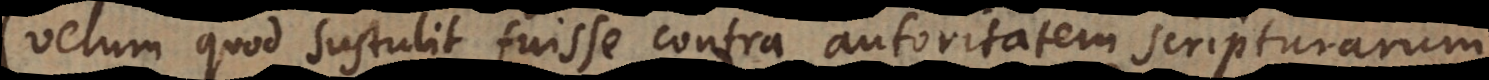
(velum quod sustulit fuisse contra autoritatem scripturarum,